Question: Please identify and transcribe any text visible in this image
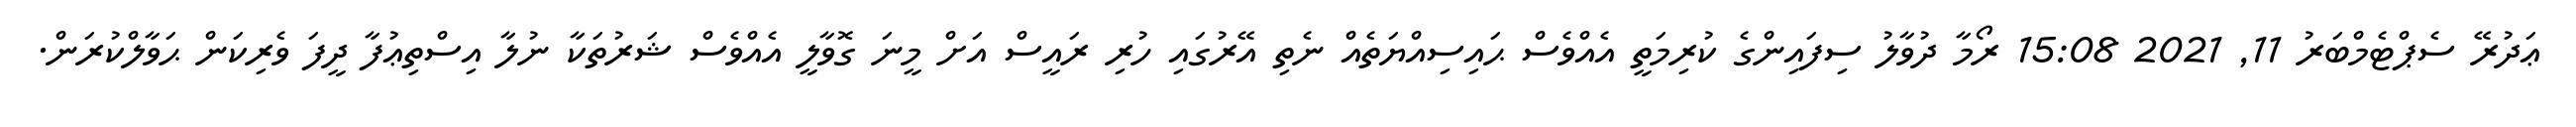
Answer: ޢަދުރޭ ސެޕްޓެމްބަރު 11, 2021 15:08 ރޯމާ ދުވާލު ސިފައިންގެ ކުރިމަތީ އެއްވެސް ޙައިސިއްޔަތެއް ނެތި އޭރުގައި ހުރި ރައީސް އަށް މީނަ ގޮވާލީ އެއްވެސް ޝަރުތަކާ ނުލާ އިސްތިޢުފާ ދީފަ ވެރިކަން ޙަވާލްކުރަން.